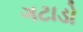
ગટાડો